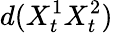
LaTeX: d(X_{t}^{1}X_{t}^{2})